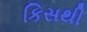
કિસથી